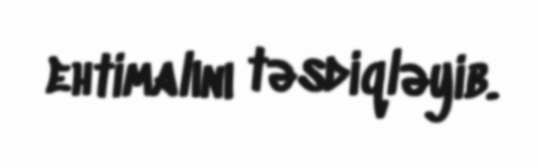
ehtimalını təsdiqləyib.